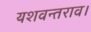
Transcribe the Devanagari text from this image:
यशवन्तराव।